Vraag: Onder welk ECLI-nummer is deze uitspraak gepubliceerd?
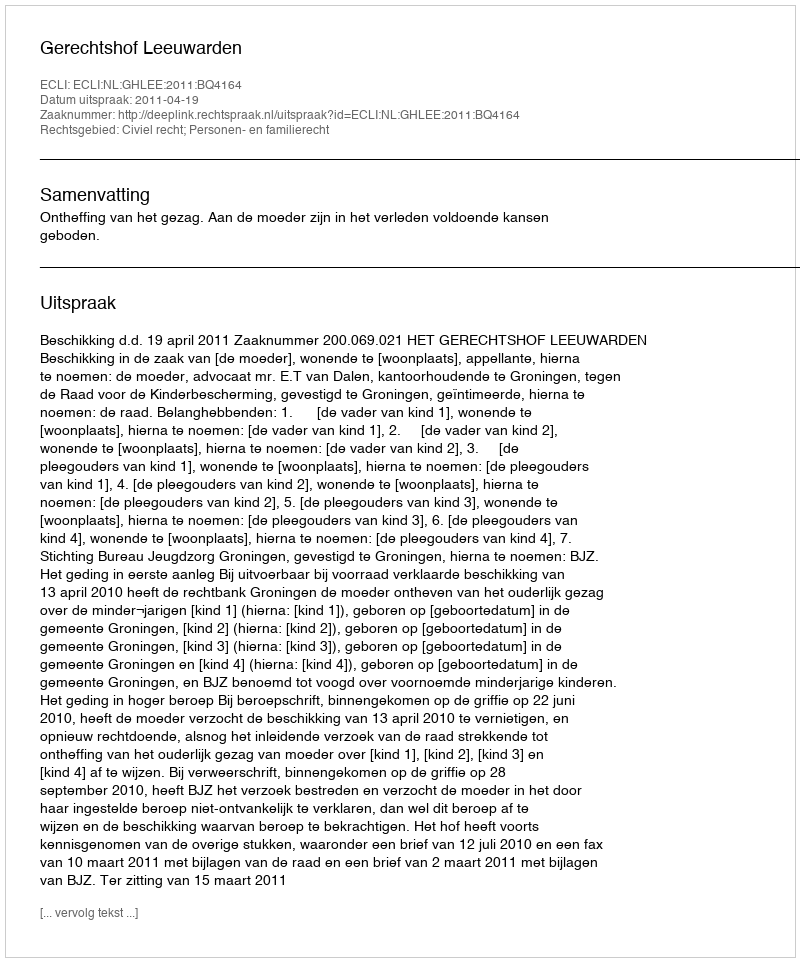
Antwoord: ECLI:NL:GHLEE:2011:BQ4164